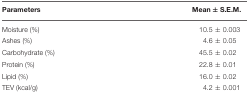
<table><thead><tr><td><b>Parameters</b></td><td><b>Mean ± S.E.M.</b></td></tr></thead><tbody><tr><td>Moisture (%)</td><td>10.5 ± 0.003</td></tr><tr><td>Ashes (%)</td><td>4.6 ± 0.05</td></tr><tr><td>Carbohydrate (%)</td><td>45.5 ± 0.02</td></tr><tr><td>Protein (%)</td><td>22.8 ± 0.01</td></tr><tr><td>Lipid (%)</td><td>16.0 ± 0.02</td></tr><tr><td>TEV (kcal/g)</td><td>4.2 ± 0.001</td></tr></tbody></table>